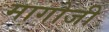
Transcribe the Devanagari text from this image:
मागोजी